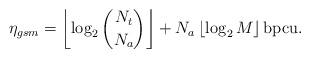
LaTeX: \begin{align*}\eta_{gsm}=\left\lfloor\log_2{N_t \choose N_{a}}\right\rfloor+N_{a}\left\lfloor\log_2M\right\rfloor \mbox{bpcu}.\end{align*}